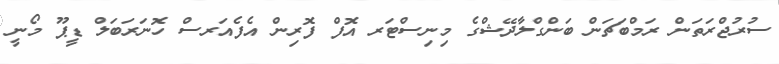
ސުރުޖްރަތަން ރަމްބަޗަން ބަންގްލާދޭޝްގެ މިނިސްޓަރ އޮފް ފޮރިން އެފެއަރސް ހޮނަރަބަލް ޑީޕޫ މޯނީ